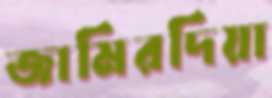
জামিরদিয়া